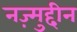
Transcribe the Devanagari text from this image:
नज़्मुद्दीन